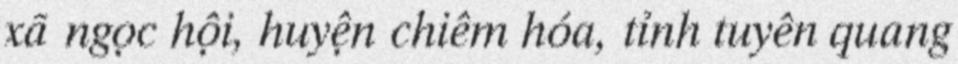
xã ngọc hội, huyện chiêm hóa, tỉnh tuyên quang